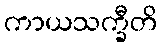
ကာယသက္ခီတိ